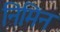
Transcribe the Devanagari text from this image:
निमिन